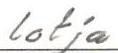
lotja